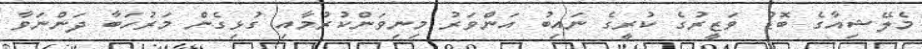
މެލޭޝިއާގެ ބޮޑު ވަޒީރުގެ ކުރީގެ ނައިބު އަންވަރު މިނިވަންކުރުމާއި ގުޅިގެން މަރުހަބާ ދަންނަވާ